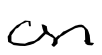
Text: on
Cross-out: clean
Writing tool: digital_black